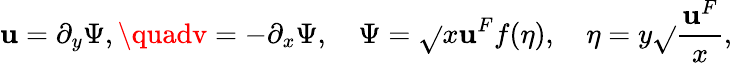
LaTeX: \mathbf{u}=\partial_{y}\Psi,\quadv=-\partial_{x}\Psi,\quad\Psi=\sqrt{}{{x\mathbf{u}^{F}}}f(\eta),\quad\eta=y\sqrt{}{{\frac{{\mathbf{u}^{F}}}{{x}}}},